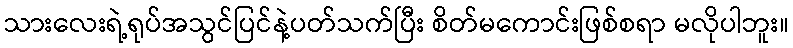
သားလေးရဲ့ရုပ်အသွင်ပြင်နဲ့ပတ်သက်ပြီး စိတ်မကောင်းဖြစ်စရာ မလိုပါဘူး။